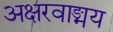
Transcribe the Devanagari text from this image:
अक्षरवाङ्मय